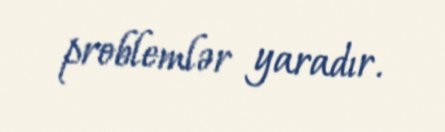
problemlər yaradır.